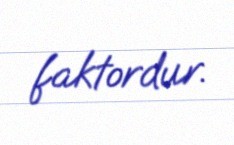
faktordur.